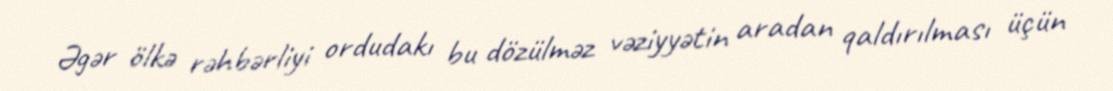
Əgər ölkə rəhbərliyi ordudakı bu dözülməz vəziyyətin aradan qaldırılması üçün